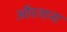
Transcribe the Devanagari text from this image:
औरताना